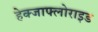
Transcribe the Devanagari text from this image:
हेक्जाफ्लोराइड